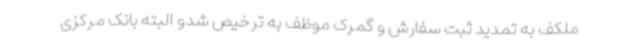
ملکف به تمدید ثبت سفارش و گمرک موظف به ترخیص شدو البته بانک مرکزی